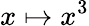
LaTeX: x\mapsto x^{3}